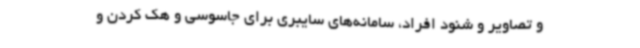
و تصاویر و شنود افراد، سامانه‌های سایبری برای جاسوسی و هک کردن و